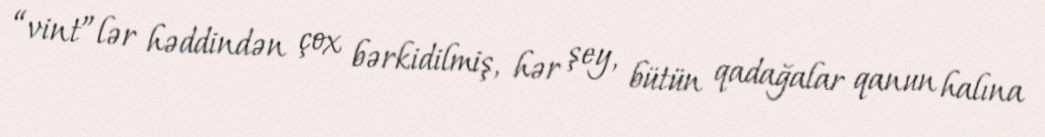
“vint”lər həddindən çox bərkidilmiş, hər şey, bütün qadağalar qanun halına